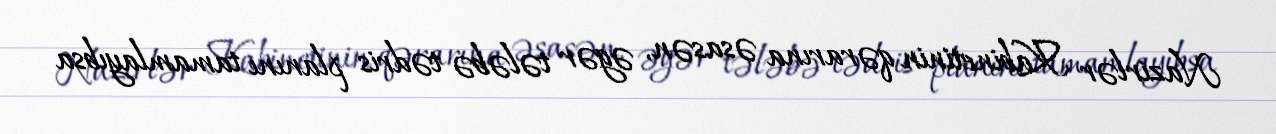
Nazirlər Kabinetinin qərarına əsasən, əgər tələbə tədris planını tamamlayıbsa